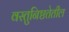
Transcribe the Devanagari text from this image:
वस्तुनिष्ठतेतील